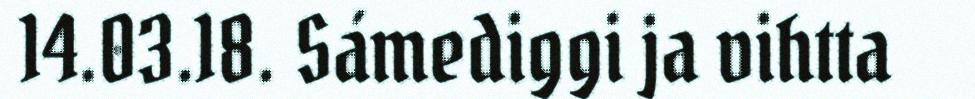
14.03.18. Sámediggi ja vihtta